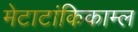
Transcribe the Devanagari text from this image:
मेटाटांकिकाम्ल